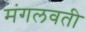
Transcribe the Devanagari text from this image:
मंगलवती